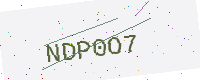
Text: NDP0O7